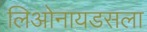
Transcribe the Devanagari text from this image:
लिओनायडसला